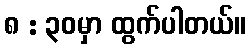
၈ : ၃၀မှာ ထွက်ပါတယ်။